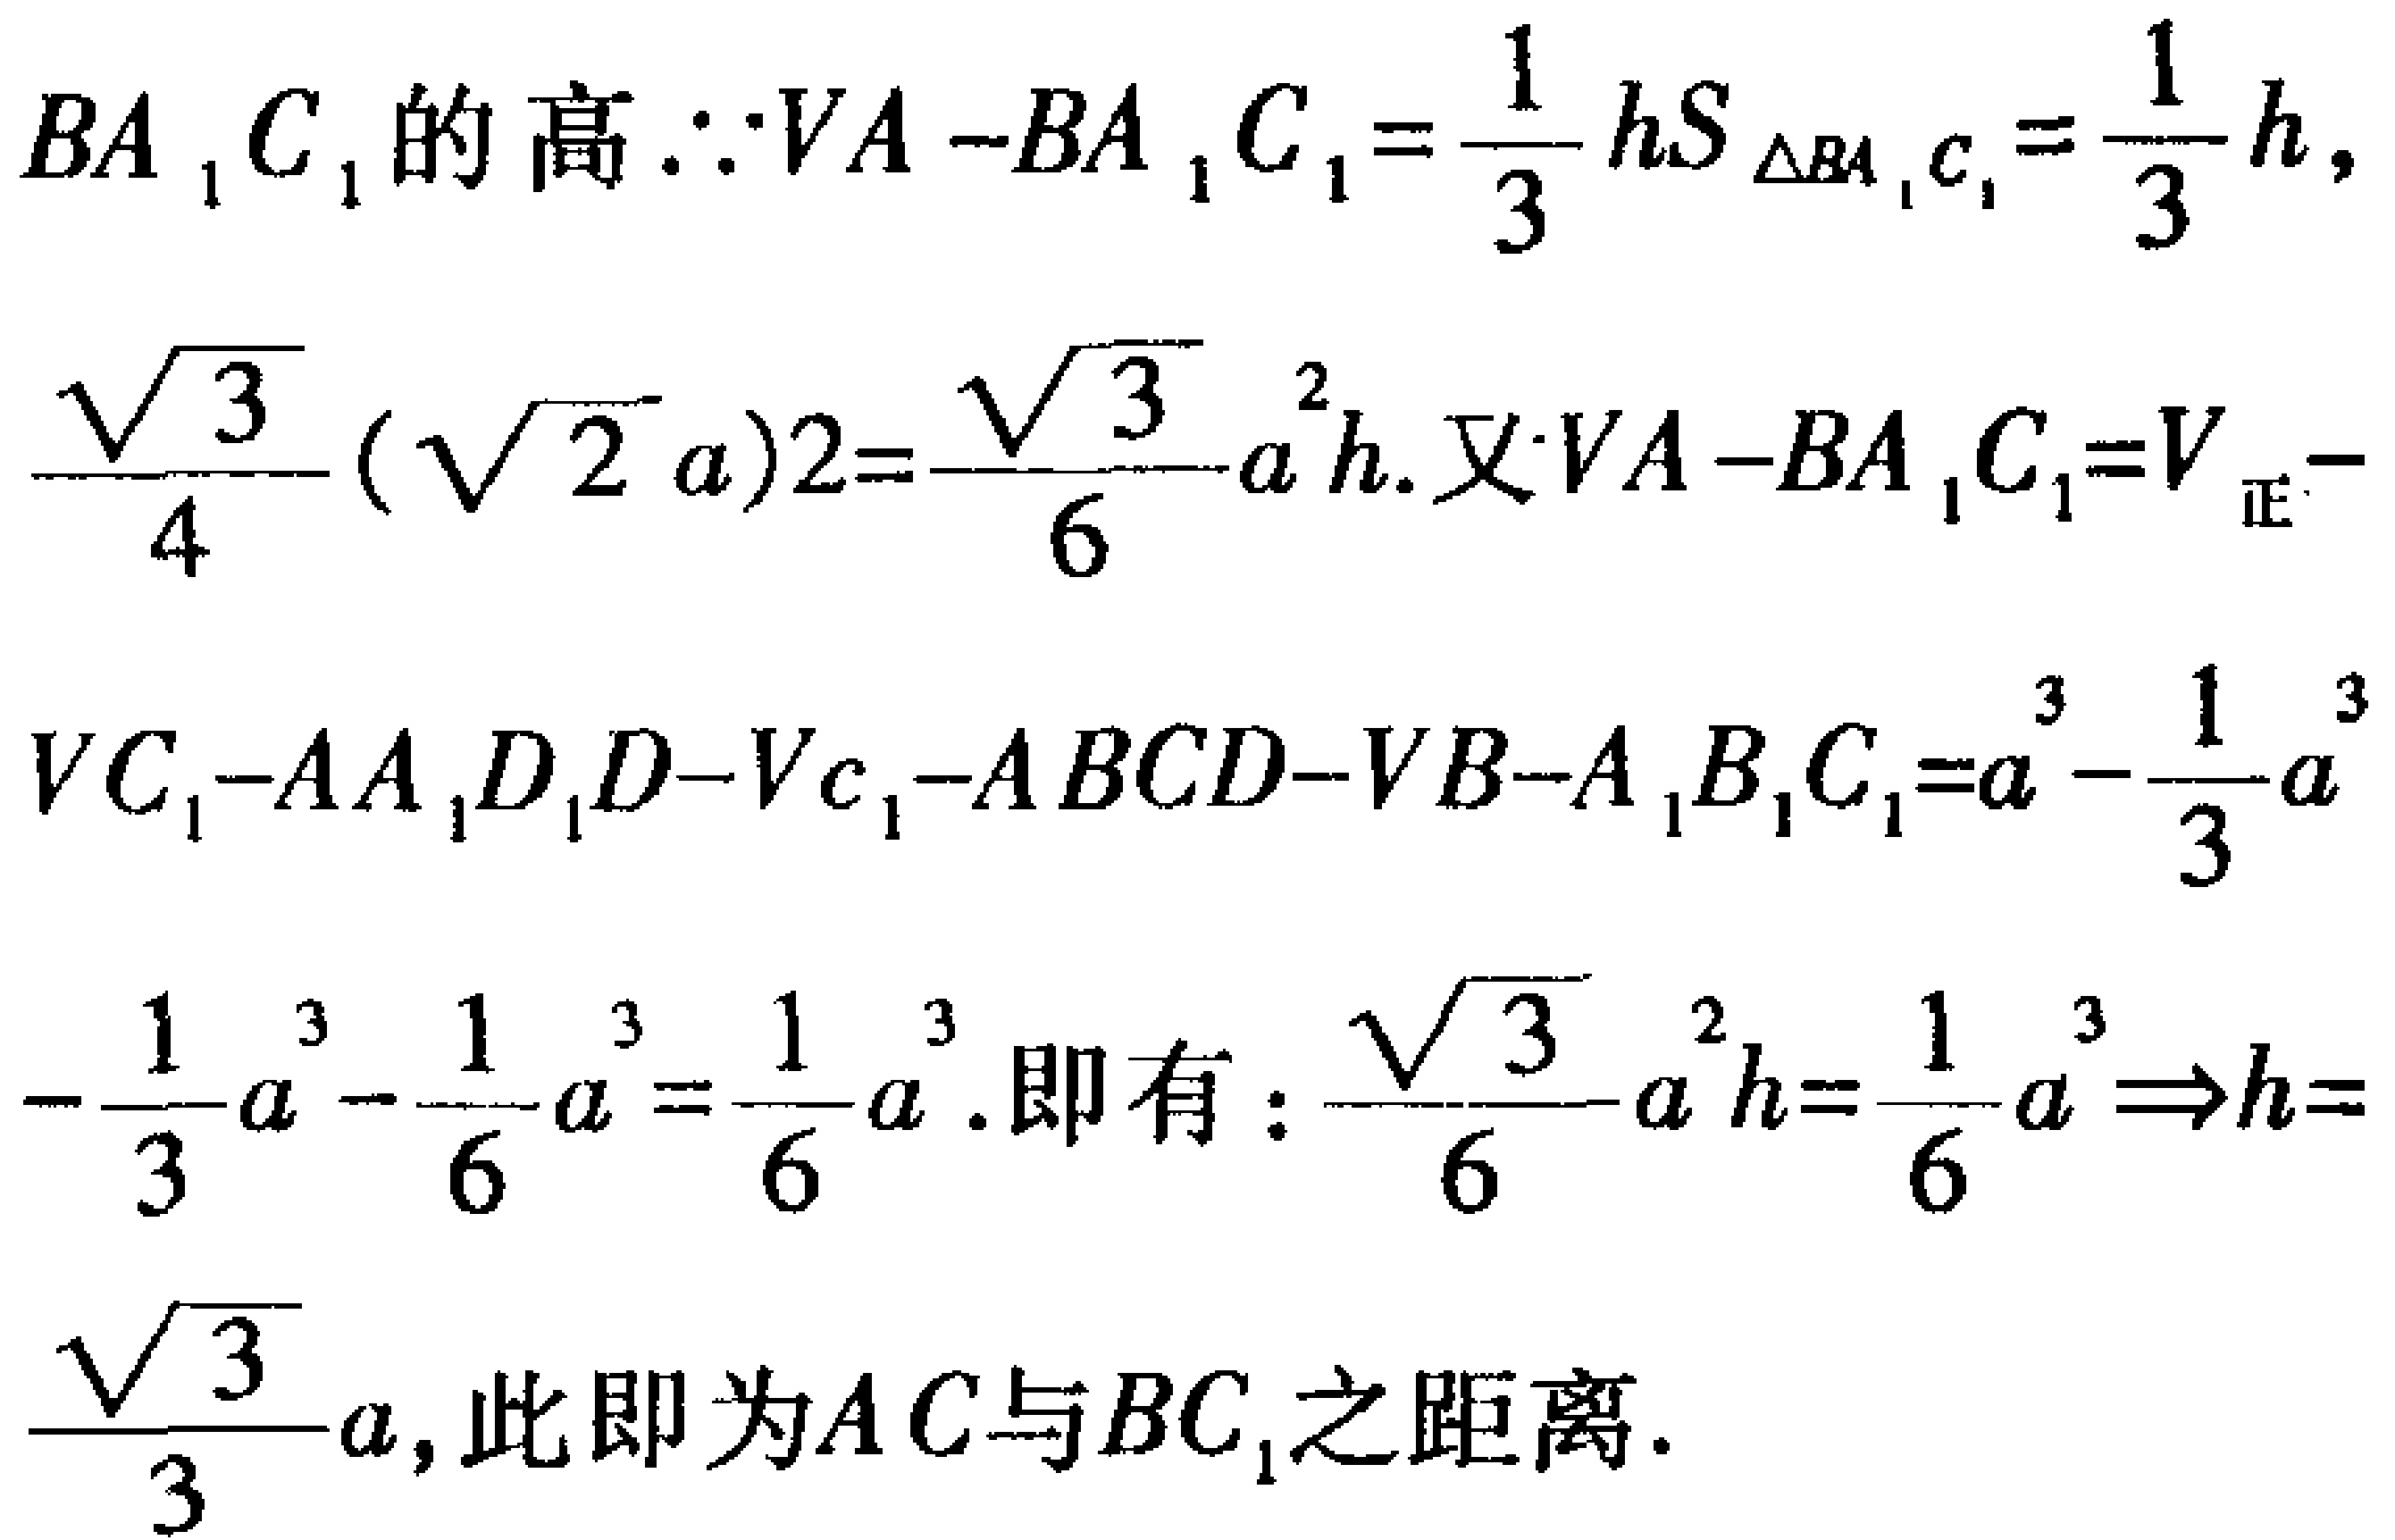
$BA_{1}C_{1}的高\therefore VA - BA_{1}C_{1}=\frac{1}{3}hS_{\triangle BA_{1}C_{1}}=\frac{1}{3}h,$
$\frac{\sqrt{3}}{4}(\sqrt{2}a)2=\frac{\sqrt{3}}{6}a^{2}h.又VA - BA_{1}C_{1}=V_{正}-$
$VC_{1}-AA_{1}D_{1}D-Vc_{1}-ABCD-VB - A_{1}B_{1}C_{1}=a^{3}-\frac{1}{3}a^{3}$
$-\frac{1}{3}a^{3}-\frac{1}{6}a^{3}=\frac{1}{6}a^{3}.即有:\frac{\sqrt{3}}{6}a^{2}h=\frac{1}{6}a^{3}\Rightarrow h=$
$\frac{\sqrt{3}}{3}a,此即为AC与BC_{1}之距离.$